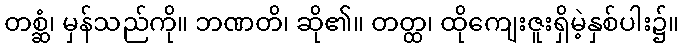
တစ္ဆံ၊ မှန်သည်ကို။ ဘဏတိ၊ ဆို၏။ တတ္ထ၊ ထိုကျေးဇူးရှိမဲ့နှစ်ပါး၌။